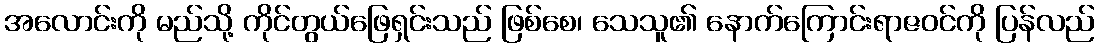
အလောင်းကို မည်သို့ ကိုင်တွယ်ဖြေရှင်းသည် ဖြစ်စေ၊ သေသူ၏ နောက်ကြောင်းရာဇဝင်ကို ပြန်လည်